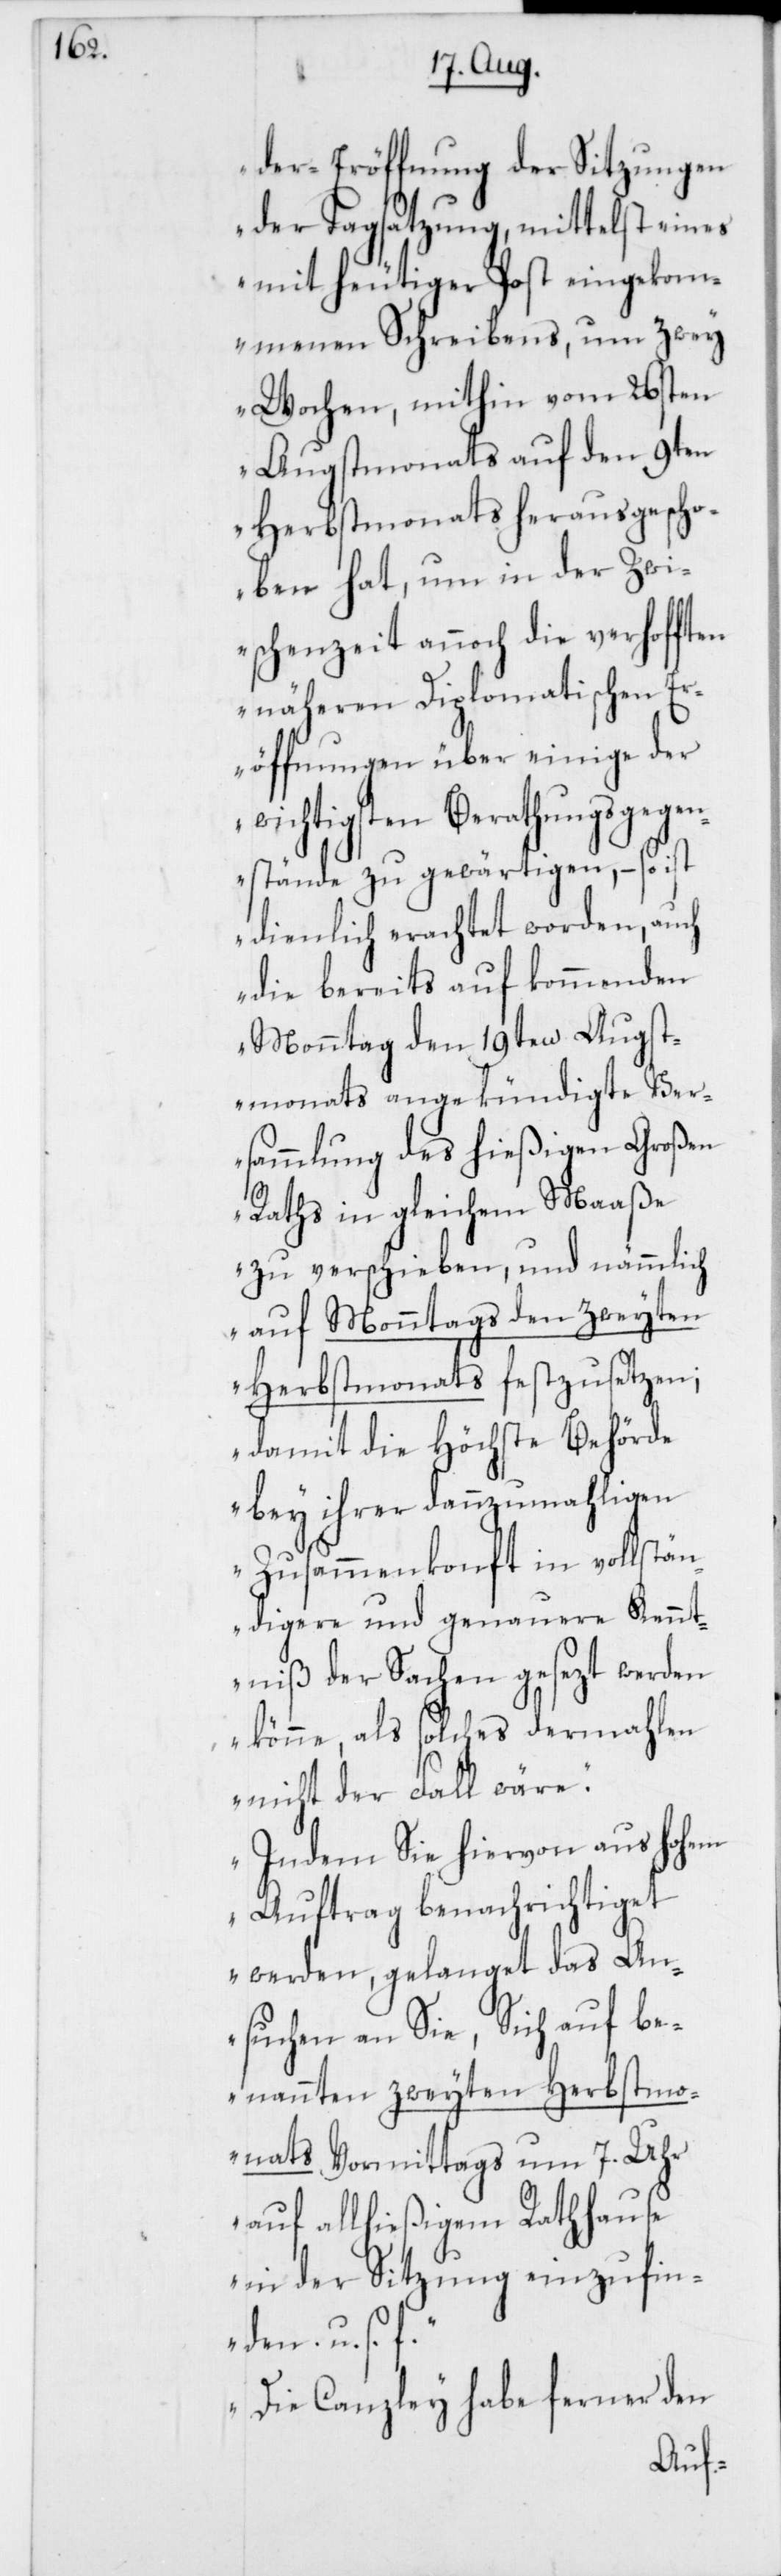
der-Eröffnung der Sitzungen
der Tagsatzung, mittelst eines
mit heutiger Post eingekom¬
menen Schreibens, um zwey
Wochen, mithin vom 26sten
Augstmonats auf den 9ten
Herbstmonats herausgescho¬
ben hat, um in der Zwi¬
schenzeit annoch die verhofften
näheren Diplomatischen E¬
röffnungen über einige der
wichtigsten Berathungsgegen¬
stände zu gewärtigen, – so ist
dienlich erachtet worden, auch
die bereits auf kommenden
Montag den 19ten Augst¬
monats angekündigte Ver¬
sammlung des hießigen Großen
Raths in gleichem Maaße
zu verschieben, und nämmlich
auf Monntags den zweyten
Herbstmonats festzusetzen;
damit die Höchste Behörde
bey ihrer dannzumaligen
Zusammenkonft in vollstän¬
digere und genauere Kennt¬
niß der Sachen gesezt werden
könne, als solches dermahlen
nicht der Fall wäre.
Indem Sie hiervon aus hohem
Auftrag benachrichtiget
werden, gelanget das An¬
suchen an Sie, Sich auf be¬
nannten zweyten Herbstmo¬
nats Vormittags um 7. Uhr
auf allhießigem Rathhause
in der Sitzung einzufin¬
den u.s.f.
Die Canzley habe ferner den